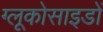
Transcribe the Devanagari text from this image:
ग्लूकोसाइडों